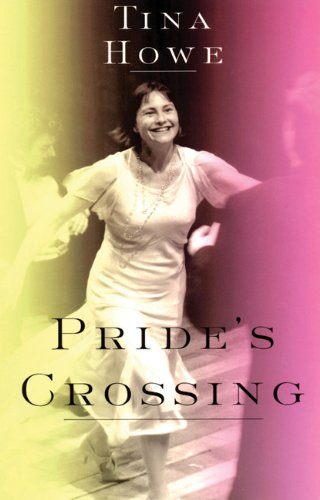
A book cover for Pride's Crossing; Tina Howe; Literature & Fiction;